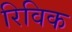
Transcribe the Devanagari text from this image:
रिविक